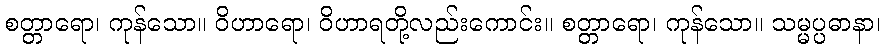
စတ္တာရော၊ ကုန်သော။ ဝိဟာရော၊ ဝိဟာရတို့လည်းကောင်း။ စတ္တာရော၊ ကုန်သော။ သမ္မပ္ပဓာနာ၊